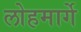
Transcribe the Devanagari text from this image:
लोहमार्गे